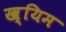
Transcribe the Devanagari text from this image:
ख्यिम